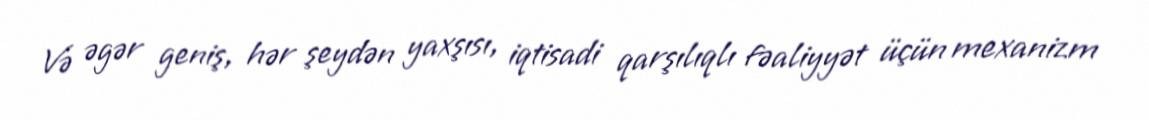
Və əgər geniş, hər şeydən yaxşısı, iqtisadi qarşılıqlı fəaliyyət üçün mexanizm